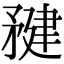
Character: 𥍹